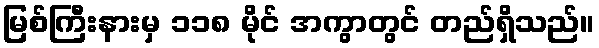
မြစ်ကြီးနားမှ ၁၁၈ မိုင် အကွာတွင် တည်ရှိသည်။